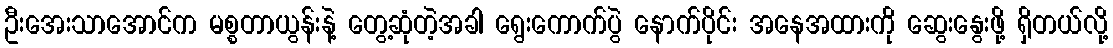
ဦးအေးသာအောင်က မစ္စတာယွန်းနဲ့ တွေ့ဆုံတဲ့အခါ ရွေးကောက်ပွဲ နောက်ပိုင်း အနေအထားကို ဆွေးနွေးဖို့ ရှိတယ်လို့